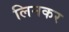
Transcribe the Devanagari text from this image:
लिनकर